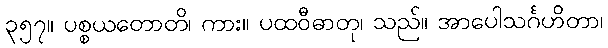
၃၅၇။ ပစ္စယတောတိ၊ ကား။ ပထဝီဓာတု၊ သည်။ အာပေါသင်္ဂဟိတာ၊